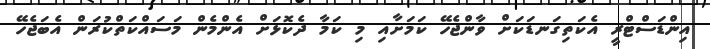
އިންޑަސްޓްރީ އެކަތިގަނޑަކަށް ވާންޖެހޭ ކަމަށާއި މި ކަމާ ދެކޮޅަށް އެންމެން މަސައްކަތްކުރަން އެބަޖެހޭ